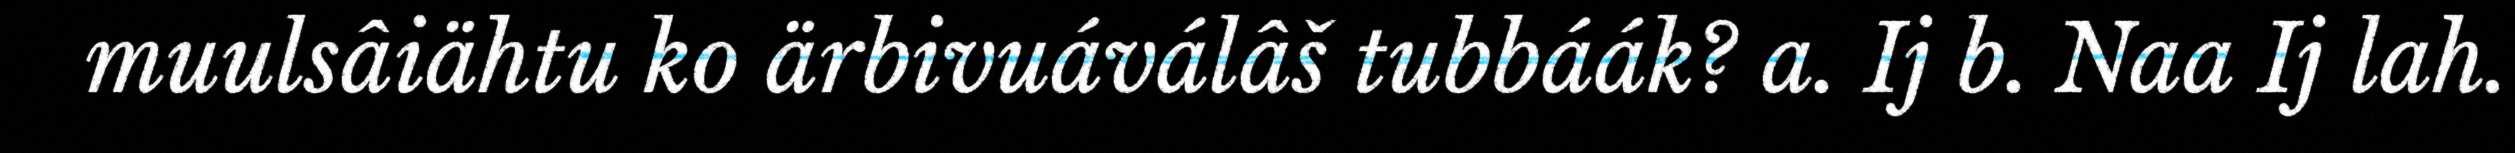
muulsâiähtu ko ärbivuáválâš tubbáák? a. Ij b. Naa Ij lah.